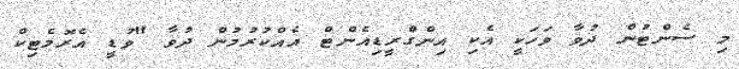
މި ސެންޓުން ދުވާ ވަހަކީ އެކި އިންގްރީޑިއެންޓް އެއްކުރުމުން ދުވާ "ވުޑީ އެރޮމެޓިކް